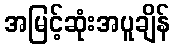
အမြင့်ဆုံးအပူချိန်